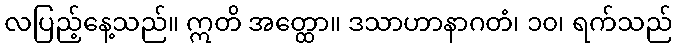
လပြည့်နေ့သည်။ ဣတိ အတ္ထော။ ဒသာဟာနာဂတံ၊ ၁၀၊ ရက်သည်